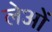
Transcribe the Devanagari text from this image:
लेओं